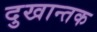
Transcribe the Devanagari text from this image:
दुखान्तक